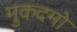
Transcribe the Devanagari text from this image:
मुकदमो